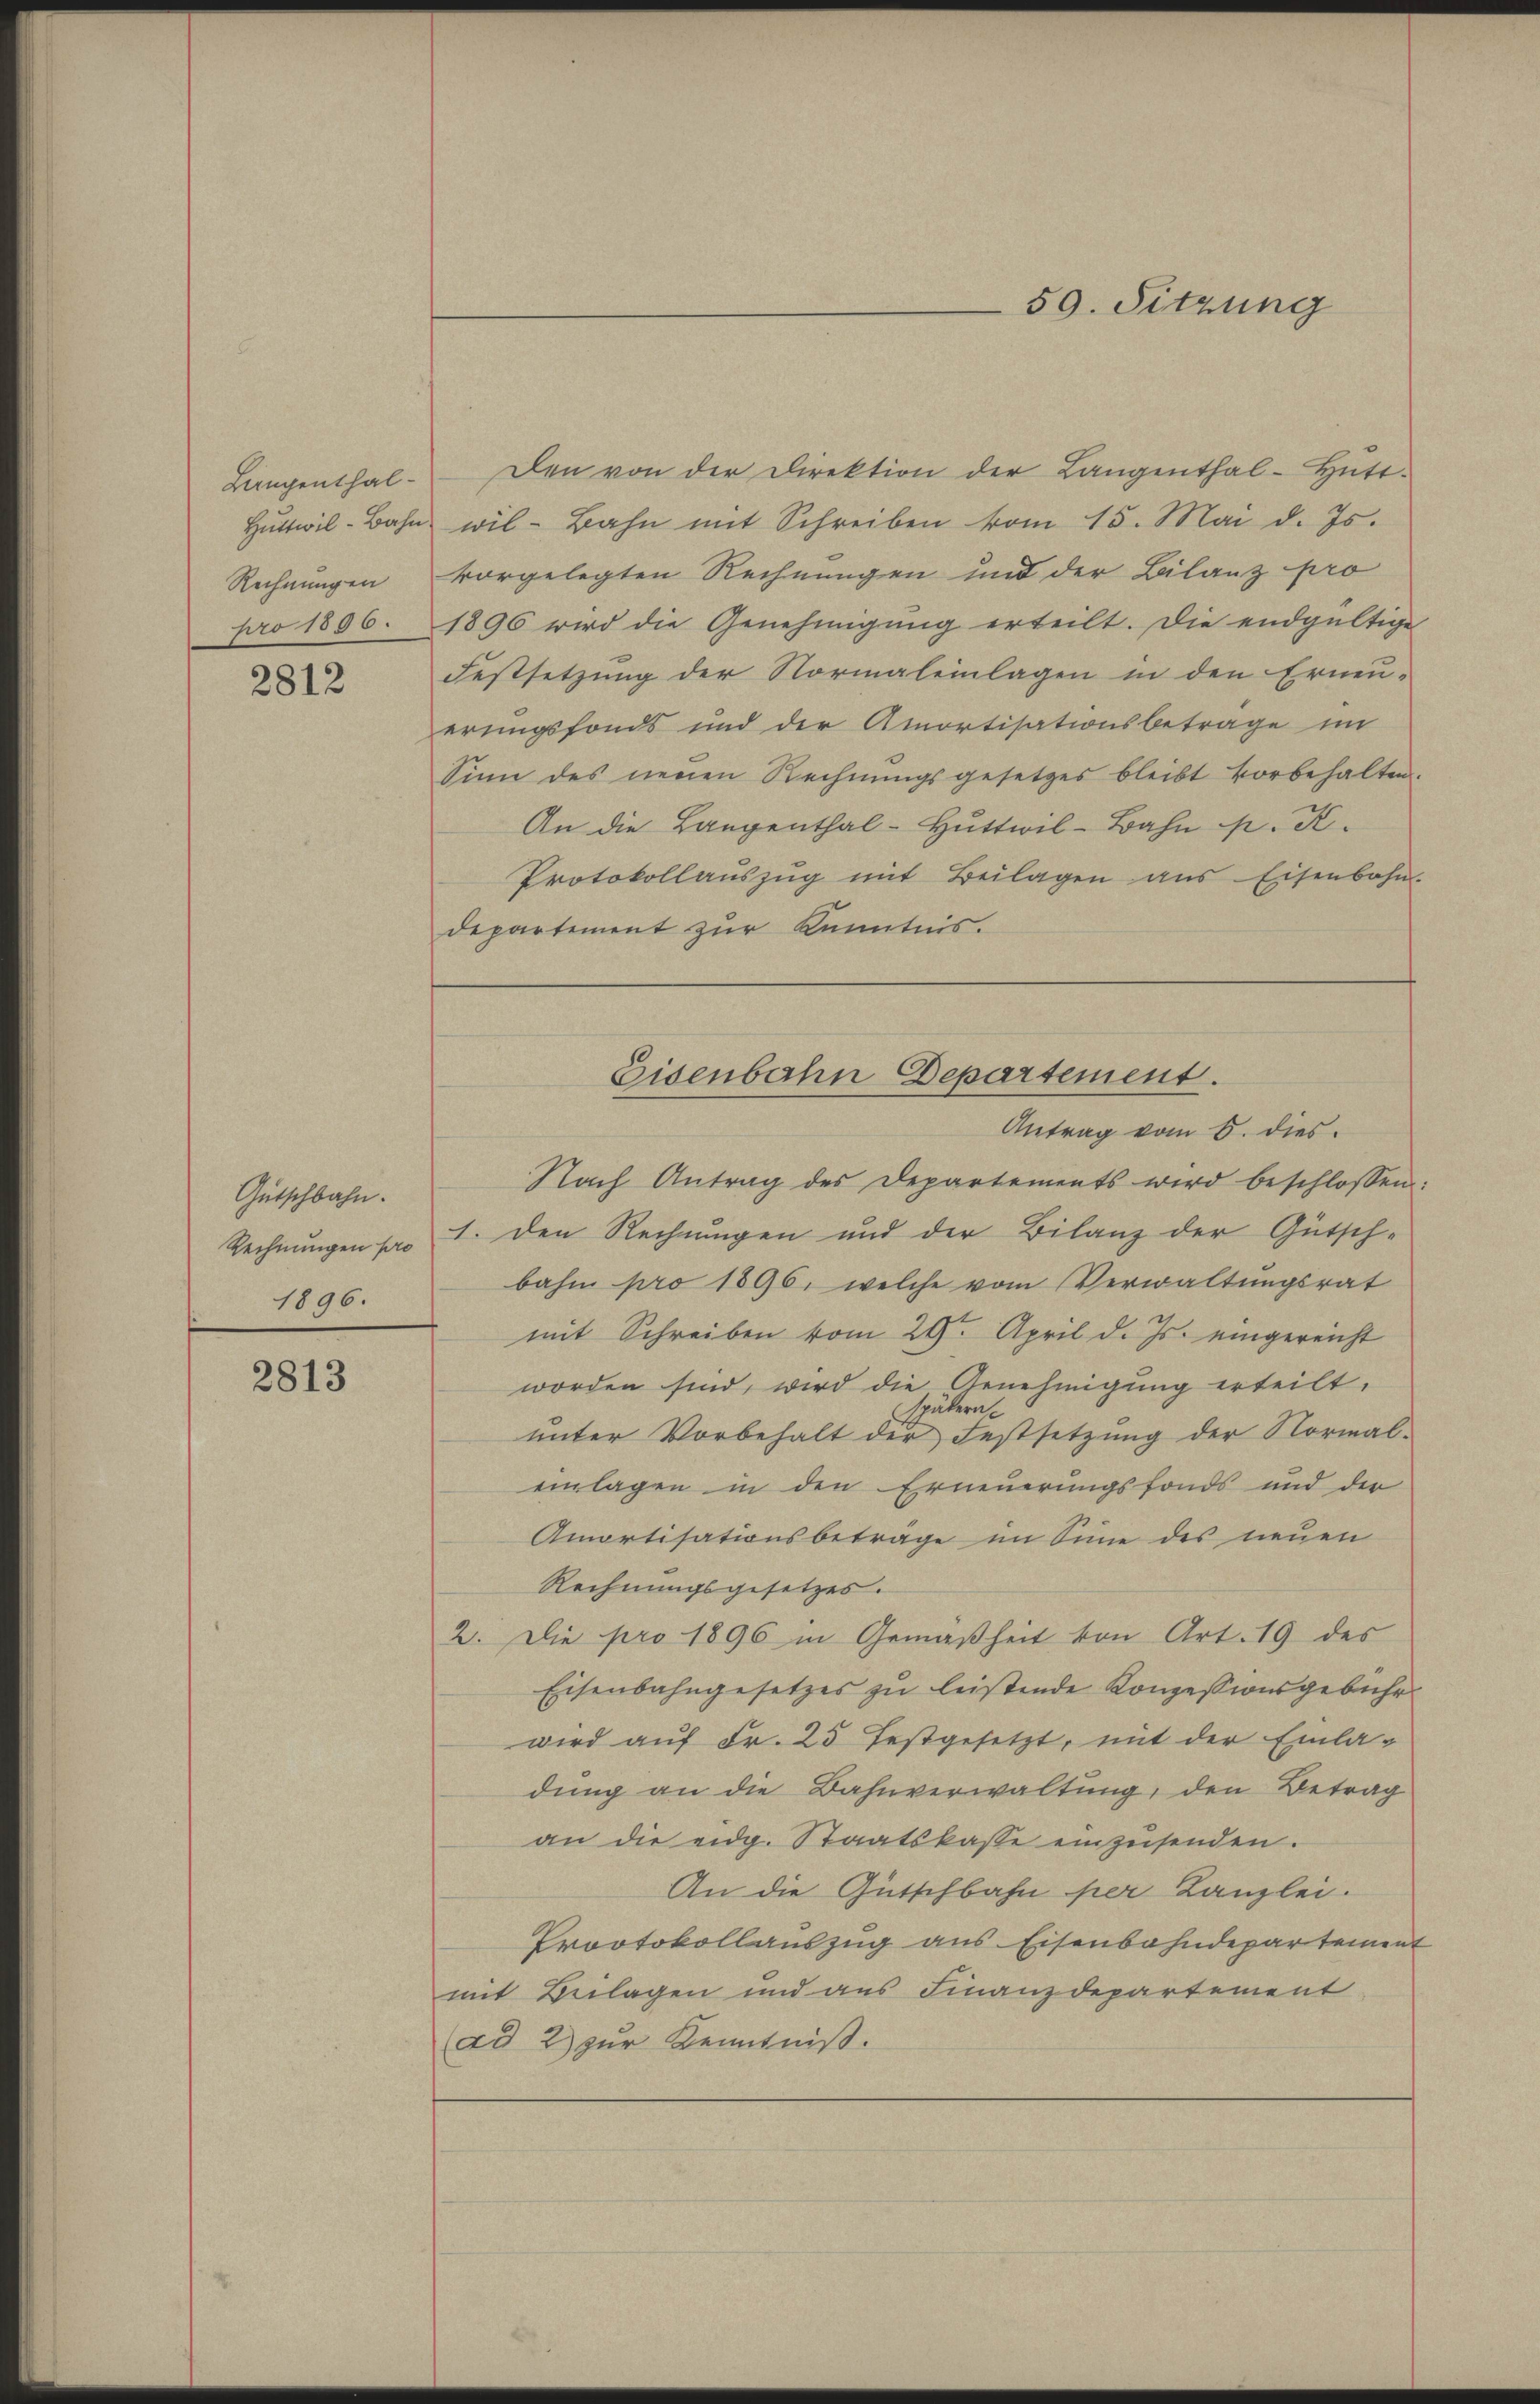
Langenthal¬
Huttwil-Bahn
Rechnungen
pro 1896.

2812

Gutschbahn.
Rechnungen pro
1896.

2813

59. Sitzung

Den von der Direktion der Langenthal- Hŭtt-
wil-Bahn mit Schreiben vom 15. Mai d. Js.
vorgelegten Rechnungen und der Bilanz pro
1896 wird die Genehmigung erteilt. Die endgültige
Festsetzung der Normaleinlagen in den Erneu-
erungsfonds und der Amortisationsbetrage im
Sinn des neuen Rechnŭngsgesetzes bleibt vorbehalten.
An die Langenthal-Hŭttwil-Bahn p. K.
Protokollaŭszŭg mit Beilagen ans Eisenbahn-
departement zur Kenntnis.
Nach Antrag des Departements wird beschlossen
1. den Rechnungen und der Bilanz der Gütsch-
bahn pro 1896, welche vom Verwaltŭngsrat
mit Schreiben vom 29. April d. Js. eingereicht
worden sind, wird die Genehmigung erteilt.
spätern.
ŭnter Vorbehalt der Festsetzung der Normal-
einlagen in den Erneuerungsfonds und der
Amortisationsbetrage im Sinne des neuen
Rechnungsgesetzes.
2. Die pro 1896 in Gemäßheit von Art. 19 des
Eisenbahngesetzes zu leistende Konzessionsgebühr
wird auf Fr. 25 festgesetzt, mit der Einladung an die Bahnverwaltung, den Betrag
an die eidg. Staatskasse einzusenden.
An die Gütschbahn per Kanzlei.
Prootokollauszug aus Eisenbahndepartement
mit Beilagen und aus Finanzdepartement
(ad 2) zur Kenntniß.

Eisenbahn Departement.
Antrag vom 6. dies